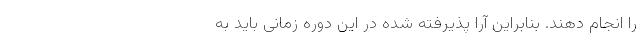
را انجام دهند. بنابراین آرا پذیرفته شده در این دوره زمانی باید به